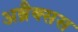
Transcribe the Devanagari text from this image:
अब्रैक्सस